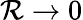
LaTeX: \mathcal{R}\rightarrow 0